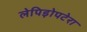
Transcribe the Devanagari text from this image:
लेपिड़ोपटेरा